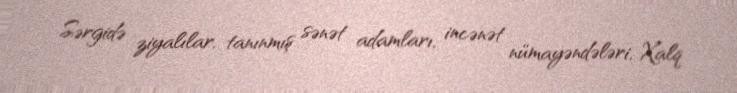
Sərgidə ziyalılar, tanınmış sənət adamları, incənət nümayəndələri, Xalq